Civil Veterinary Dept. Assam report 1927-50 - 1927-1950
Year: 1927
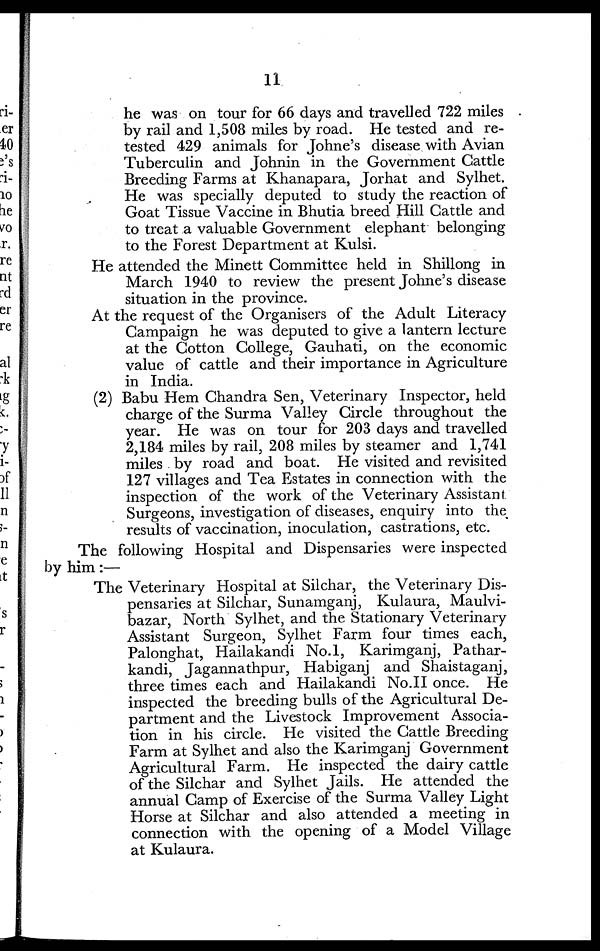
11
he was on tour for 66 days and travelled 722 miles
by rail and 1,508 miles by road. He tested and re-
tested 429 animals for Johne's disease with Avian
Tuberculin and Johnin in the Government Cattle
Breeding Farms at Khanapara, Jorhat and Sylhet.
He was specially deputed to study the reaction of
Goat Tissue Vaccine in Bhutia breed Hill Cattle and
to treat a valuable Government elephant belonging
to the Forest Department at Kulsi.
He attended the Minett Committee held in Shillong in
March 1940 to review the present Johne's disease
situation in the province.
At the request of the Organisers of the Adult Literacy
Campaign he was deputed to give a lantern lecture
at the Cotton College, Gauhati, on the economic
value of cattle and their importance in Agriculture
in India.
(2) Babu Hem Chandra Sen, Veterinary Inspector, held
charge of the Surma Valley Circle throughout the
year. He was on tour for 203 days and travelled
2,184 miles by rail, 208 miles by steamer and 1,741
miles by road and boat. He visited and revisited
127 villages and Tea Estates in connection with the
inspection of the work of the Veterinary Assistant.
Surgeons, investigation of diseases, enquiry into the
results of vaccination, inoculation, castrations, etc.
The following Hospital and Dispensaries were inspected
by him:—
The Veterinary Hospital at Silchar, the Veterinary Dis-
pensaries at Silchar, Sunamganj, Kulaura, Maulvi-
bazar, North Sylhet, and the Stationary Veterinary
Assistant Surgeon, Sylhet Farm four times each,
Palonghat, Hailakandi No.1, Karimganj, Pathar-
kandi, Jagannathpur, Habiganj and Shaistaganj,
three times each and Hailakandi No.II once. He
inspected the breeding bulls of the Agricultural De-
partment and the Livestock Improvement Associa-
tion in his circle. He visited the Cattle Breeding
Farm at Sylhet and also the Karimganj Government
Agricultural Farm. He inspected the dairy cattle
of the Silchar and Sylhet Jails. He attended the
annual Camp of Exercise of the Surma Valley Light
Horse at Silchar and also attended a meeting in
connection with the opening of a Model Village
at Kulaura.